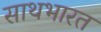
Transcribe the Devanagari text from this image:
साथभारत